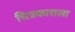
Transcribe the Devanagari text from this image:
चित्रकाराला